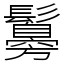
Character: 䰓